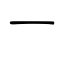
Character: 一